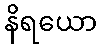
နိရယော